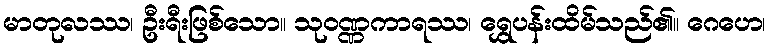
မာတုလဿ၊ ဦးရီးဖြစ်သော။ သုဝဏ္ဏကာရဿ၊ ရွှေပန်းထိမ်သည်၏။ ဂေဟေ၊